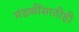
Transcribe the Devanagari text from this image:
मंडळींसाठीही